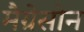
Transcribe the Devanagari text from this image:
मैग्रेसोन